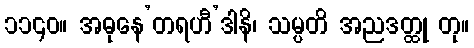
၁၁၄၀။ အဓုနေ’တရဟီ’ဒါနိ၊ သမ္ပတိ အညဒတ္ထု တု။